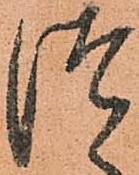
つ